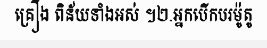
គ្រឿង ពិន័យទាំងអស់ ។២.អ្នកបើកបរម៉ូតូ